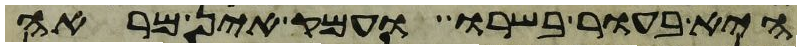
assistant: היא בעור בשרו ועמק אין מראה